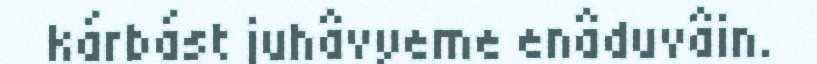
kárbást juhâvyeme enâduvâin.